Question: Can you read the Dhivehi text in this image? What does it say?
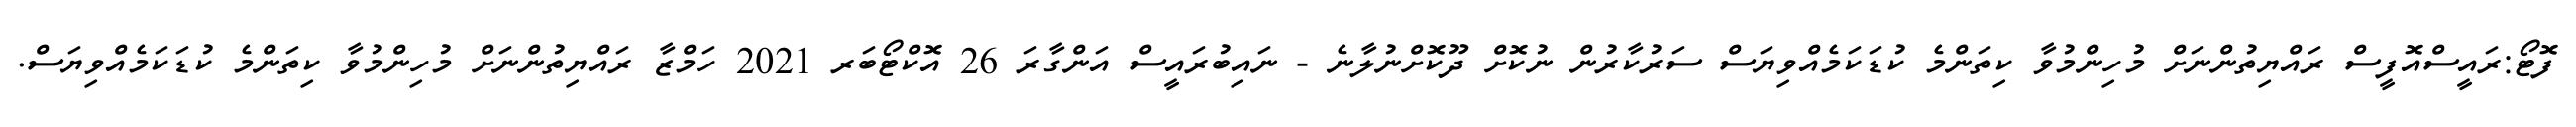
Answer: ފޮޓޯ:ރައީސްއޮފީސް ރައްޔިތުންނަށް މުހިންމުވާ ކިތަންމެ ކުޑަކަމެއްވިޔަސް ސަރުކާރުން ނުކޮށް ދޫކޮށްނުލާނެ - ނައިބުރައީސް އަންގާރަ 26 އޮކްޓޯބަރ 2021 ހަމްޒާ ރައްޔިތުންނަށް މުހިންމުވާ ކިތަންމެ ކުޑަކަމެއްވިޔަސް.